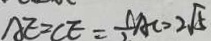
A E = C E = \frac { 1 } { 2 } A C = 2 \sqrt { 5 }